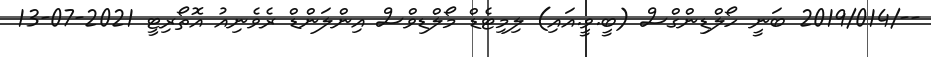
--/2019/014 ބަނީ ހޯލްޑިންގްސް (ބީ.ވީ.އައި) ލިމިޓެޑް މޯލްޑިވްސް އިންލަންޑް ރެވެނިއު އޮތޯރިޓީ 2021-07-13